Annual report of the Imperial Bacteriological Laboratory, Muktesar
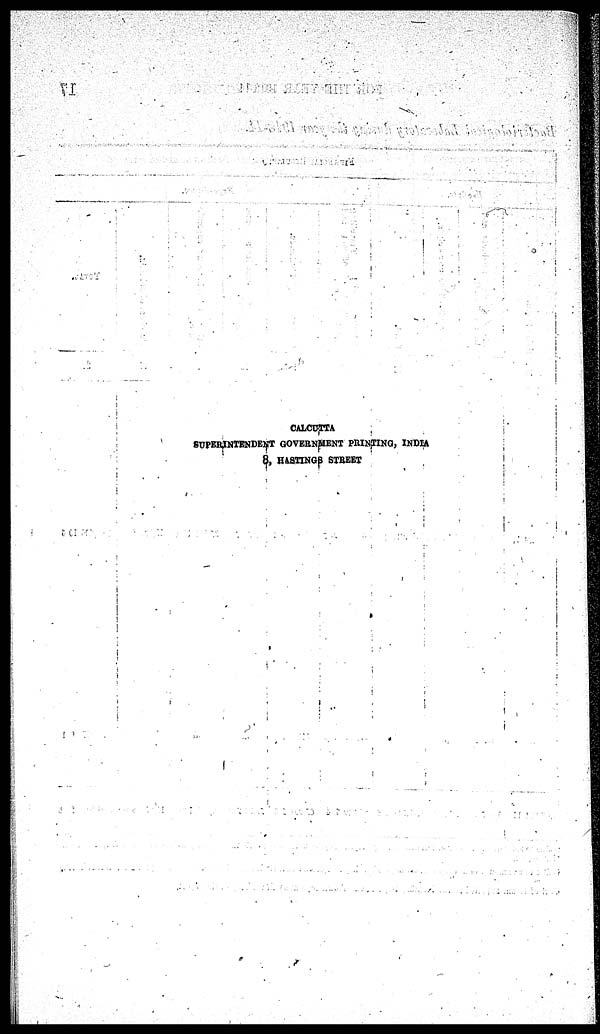
CALCUTTA
SUPERINTENDENT GOVERNMENT PRINTING, INDIA
8, HASTINGS STREET